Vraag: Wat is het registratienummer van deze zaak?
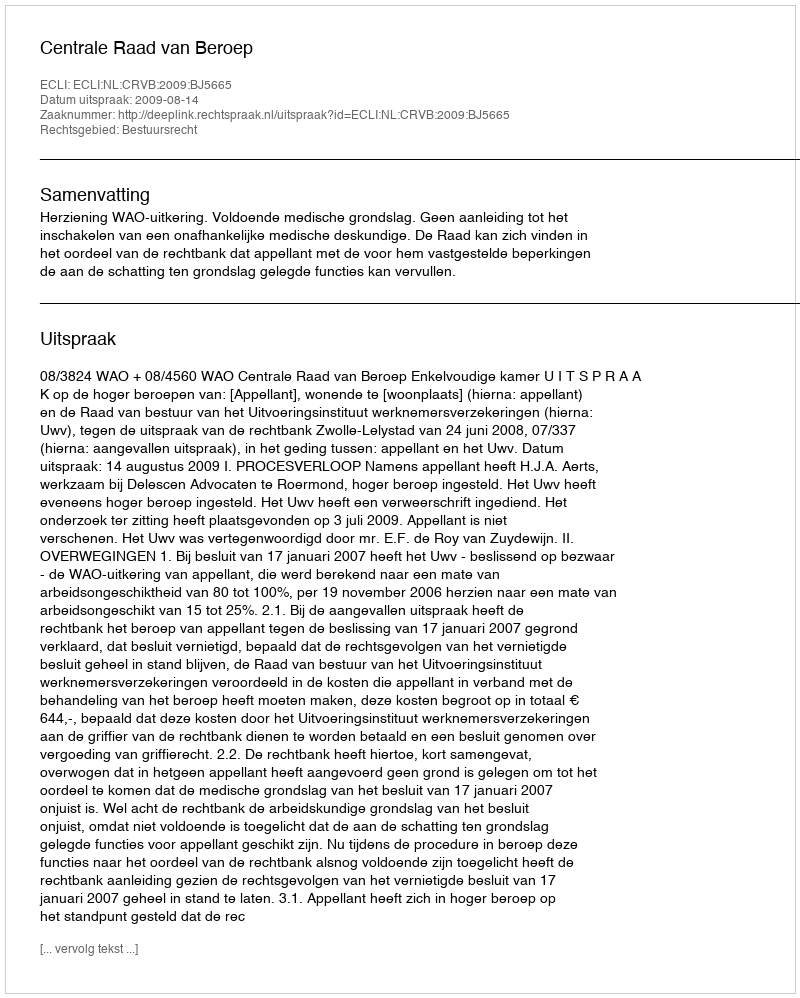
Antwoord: http://deeplink.rechtspraak.nl/uitspraak?id=ECLI:NL:CRVB:2009:BJ5665